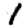
Digit: 1